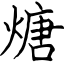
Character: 煻